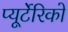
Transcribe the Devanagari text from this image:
प्यूर्टेरिको